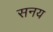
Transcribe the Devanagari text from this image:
सनय